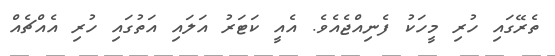
ތެރޭގައި ހުރި މީހަކު ފެނިއްޖެއެވެ. އެއީ ކަޓަރު އަލައި އަތުގައި ހުރި އެއްޗެއް